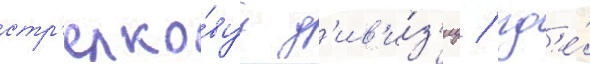
стр'елко́вуу д'ив'и́з'иу / гд'е́